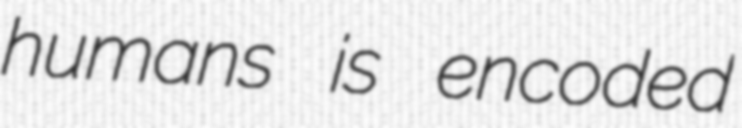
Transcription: humans is encoded